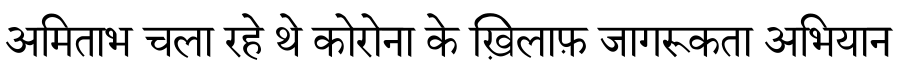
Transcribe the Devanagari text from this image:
अमिताभ चला रहे थे कोरोना के ख़िलाफ़ जागरूकता अभियान